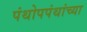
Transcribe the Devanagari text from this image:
पंथोपपंथांच्या